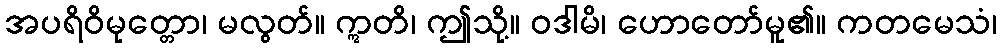
အပရိဝိမုတ္တော၊ မလွတ်။ ဣတိ၊ ဤသို့။ ဝဒါမိ၊ ဟောတော်မူ၏။ ကတမေသံ၊